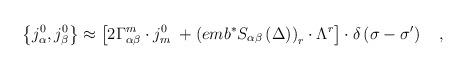
LaTeX: \begin{align*}\left\{ j_\alpha ^0,j_\beta ^0\right\} \approx \left[ 2\Gamma_{\alpha \beta }^m\cdot j_m^0\;+\left( emb^{*}S_{\alpha \beta }\left( \Delta\right) \right) _r\cdot \Lambda ^r\right] \cdot \delta \left( \sigma -\sigma^{\prime }\right) \quad ,\end{align*}